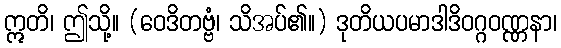
ဣတိ၊ ဤသို့။ (ဝေဒိတဗ္ဗံ၊ သိအပ်၏။) ဒုတိယပမာဒါဒိဝဂ္ဂဝဏ္ဏနာ၊